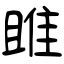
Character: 雎